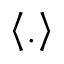
\left< . \right>